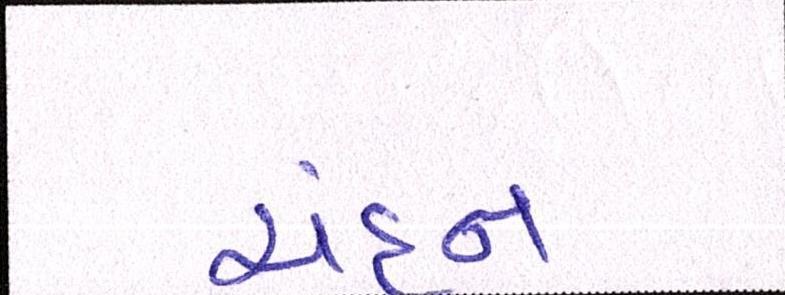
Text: ચંદન